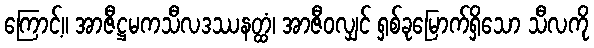
ကြောင့်။ အာဇီဋ္ဌမကသီလဒဿနတ္ထံ၊ အာဇီဝလျှင် ရှစ်ခုမြောက်ရှိသော သီလကို